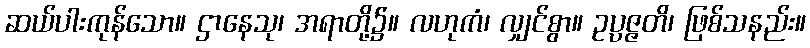
ဆယ်ပါးကုန်သော။ ဌာနေသု၊ အရာတို့၌။ လဟုကံ၊ လျှင်စွာ။ ဥပ္ပဇ္ဇတိ၊ ဖြစ်သနည်း။